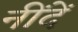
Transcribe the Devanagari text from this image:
नींदें